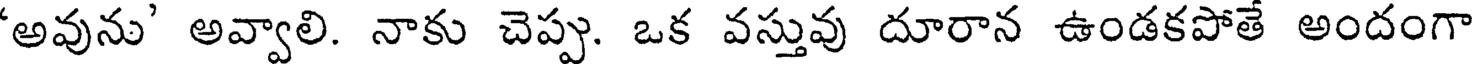
'అవును' అవ్వాలి. నాకు చెప్పు. ఒక వస్తువు దూరాన ఉండకపోతే అందంగా